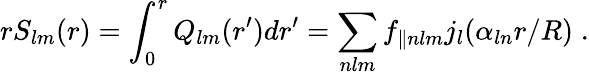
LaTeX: rS_{lm}(r)=\int_{0}^{r}Q_{lm}(r^{\prime})dr^{\prime}=\sum_{nlm}f_{\parallel nlm}j_{l}(\alpha_{ln}r/R)\; .